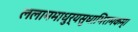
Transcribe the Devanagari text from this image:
ललाममाधुर्यसुधाभिरामकम्।